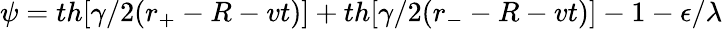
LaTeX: \psi=th[\gamma/2(r_{+}-R-vt)]+th[\gamma/2(r_{-}-R-vt)]-1-\epsilon/\lambda